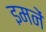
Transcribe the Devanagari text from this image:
इमनें